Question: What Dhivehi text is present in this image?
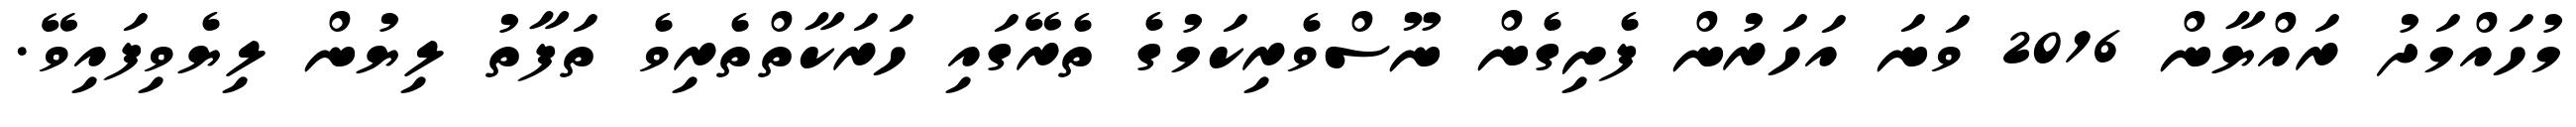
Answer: މުހައްމަދު ރައްޔާން 2016 ވަނަ އަހަރުން ފެށިގެން ނޫސްވެރިކަމުގެ ތެރޭގައި ހަރަކާތްތެރިވެ ތަފާތު ލިޔުން ލިޔެވިފައިވޭ.